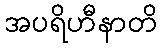
အပရိဟီနာတိ